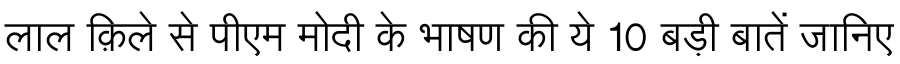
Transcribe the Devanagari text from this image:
लाल क़िले से पीएम मोदी के भाषण की ये 10 बड़ी बातें जानिए